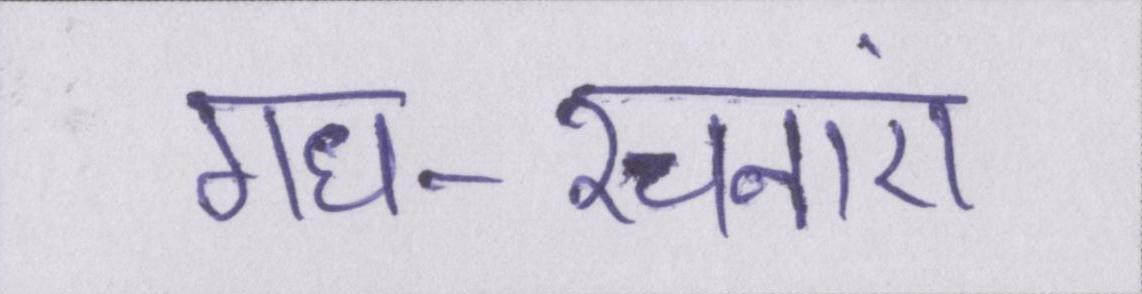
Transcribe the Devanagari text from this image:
गध-रचनाएं